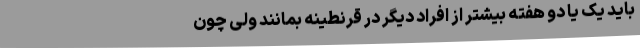
باید یک یا دو هفته بیشتر از افراد دیگر در قرنطینه بمانند ولی چون